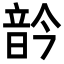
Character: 䪩